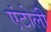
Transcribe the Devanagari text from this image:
एंटोली